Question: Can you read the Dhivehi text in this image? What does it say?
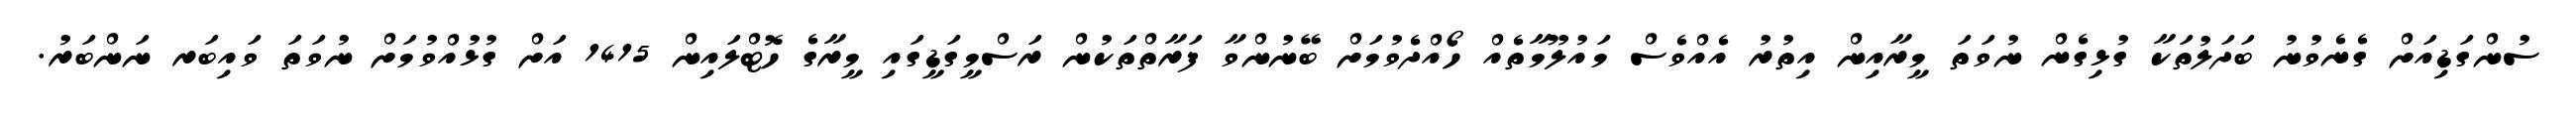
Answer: ސުންގަޑިއަށް ގެނެވުނު ބަދަލުތަކާ ގުޅިގެން ނުވަތަ މީރާއިން އިތުރު އެއްވެސް މައުލޫމާތެއް ހޯއްދެވުމަށް ބޭނުންވާ ފަރާތްތަކުން ރަސްމީގަޑީގައި މީރާގެ ހޮޓްލައިން 1415 އަށް ގުޅުއްވުމަށް ނުވަތަ ވައިބަރ ނަންބަރު.